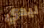
ليدي